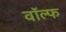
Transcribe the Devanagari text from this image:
वॉल्फ